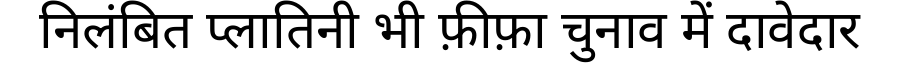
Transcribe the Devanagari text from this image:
निलंबित प्लातिनी भी फ़ीफ़ा चुनाव में दावेदार